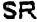
SR